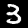
Label: 3